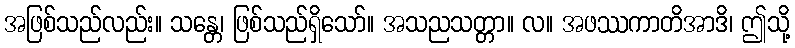
အဖြစ်သည်လည်း။ သန္တေ၊ ဖြစ်သည်ရှိသော်။ အသညသတ္တာ။ လ။ အဖဿကာတိအာဒိ၊ ဤသို့